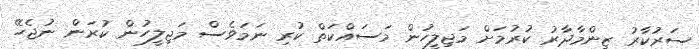
ސަރުކާރު ޒިންމާދާރު ކުރުމަށް މަޖިލީހުން މަސައްކަތް ކުރި ނަމަވެސް މަޖިލީހުން ކުރަން ނުޖެހޭ